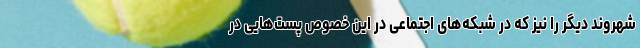
شهروند دیگر را نیز که در شبکه‌های اجتماعی در این خصوص پست‌هایی در